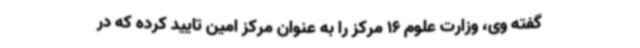
گفته وی، وزارت علوم 16 مرکز را به عنوان مرکز امین تایید کرده که در